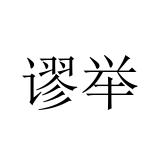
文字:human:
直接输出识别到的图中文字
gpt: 谬举